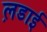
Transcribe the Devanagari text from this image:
ल़डाई